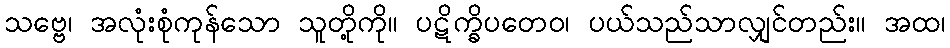
သဗ္ဗေ၊ အလုံးစုံကုန်သော သူတို့ကို။ ပဋိက္ခိပတေဝ၊ ပယ်သည်သာလျှင်တည်း။ အထ၊